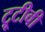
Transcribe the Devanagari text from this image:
ट्रूटीवी